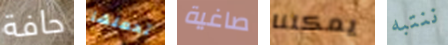
حافة تحملها صاغية يمكننا ننتبه